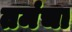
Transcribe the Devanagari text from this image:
तमंचा